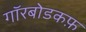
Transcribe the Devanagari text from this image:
गॉरबोडकफ़